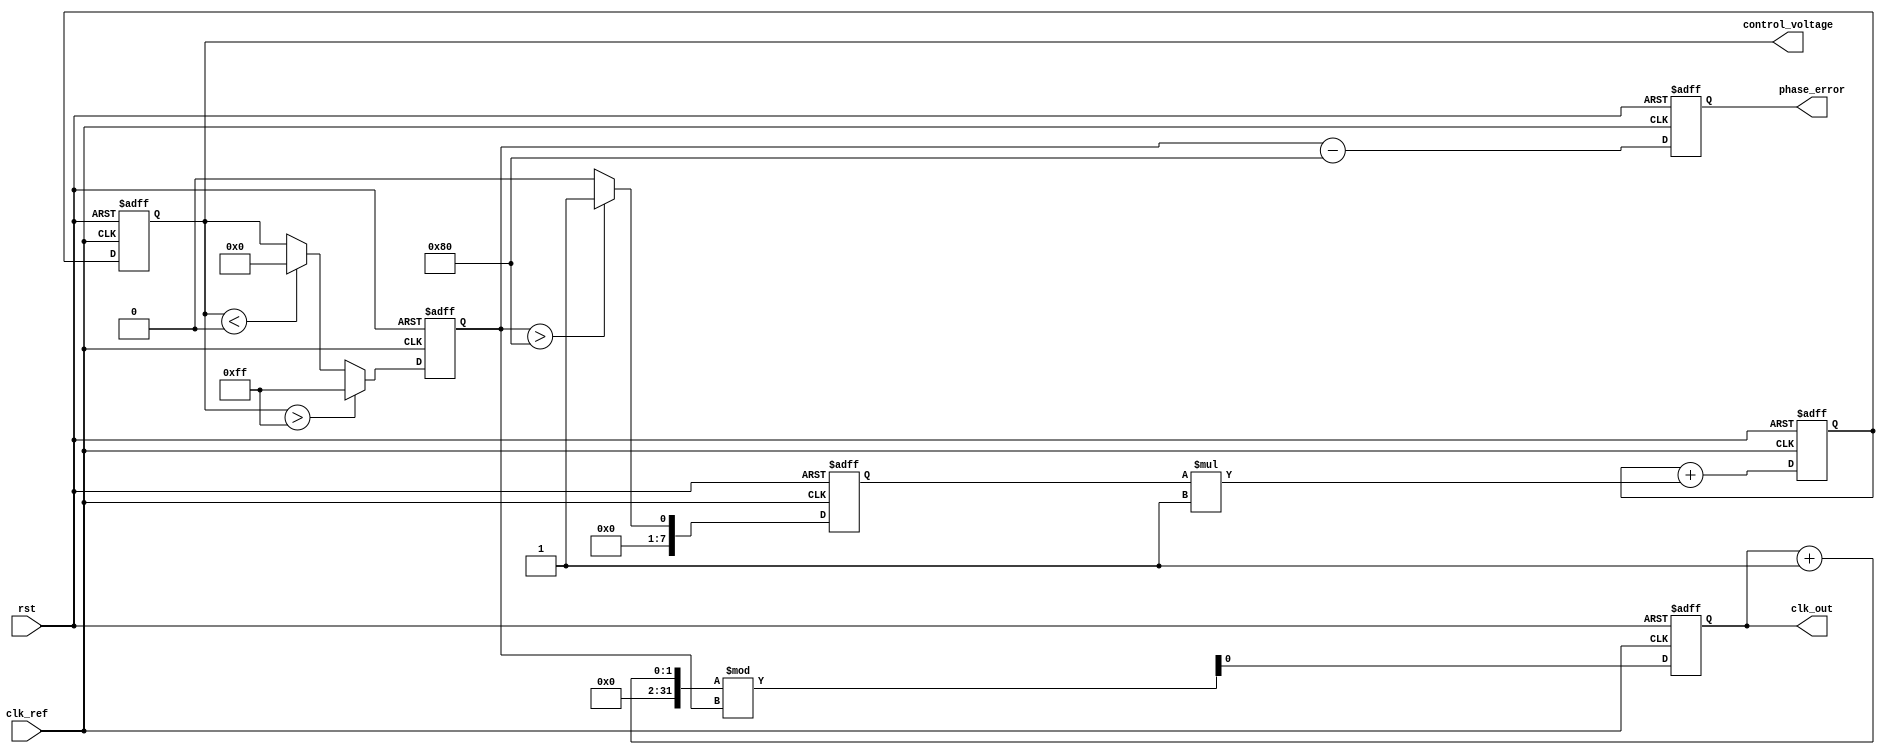
module type1_PLL (
    input wire clk_ref,         // Reference clock input
    input wire rst,             // Reset signal
    output reg clk_out,         // Output clock
    output reg [7:0] phase_error, // Phase error output for monitoring
    output reg [7:0] control_voltage // Control voltage output for monitoring
);

// Parameters
parameter VCO_MAX_FREQ = 255; // Maximum frequency for VCO
parameter VCO_MIN_FREQ = 0;    // Minimum frequency for VCO
parameter LOOP_FILTER_GAIN = 1; // Gain for loop filter

// Internal signals
reg [7:0] vco_freq;            // Current frequency of VCO
reg [7:0] phase_detector_out;   // Output of phase detector
reg [7:0] loop_filter_out;      // Output of loop filter

// Phase Detector
always @(posedge clk_ref or posedge rst) begin
    if (rst) begin
        phase_detector_out <= 0;
        phase_error <= 0;
    end else begin
        // Simple phase detection logic (PWM)
        if (clk_ref) begin
            phase_detector_out <= (vco_freq > 128) ? 1 : 0; // Example logic
            phase_error <= vco_freq - 128; // Calculate phase error
        end
    end
end

// Loop Filter
always @(posedge clk_ref or posedge rst) begin
    if (rst) begin
        loop_filter_out <= 0;
        control_voltage <= 0;
    end else begin
        // Simple first-order loop filter
        loop_filter_out <= loop_filter_out + (phase_detector_out * LOOP_FILTER_GAIN);
        control_voltage <= loop_filter_out;
    end
end

// Voltage-Controlled Oscillator (VCO)
always @(posedge clk_ref or posedge rst) begin
    if (rst) begin
        vco_freq <= VCO_MIN_FREQ;
        clk_out <= 0;
    end else begin
        // VCO frequency control based on control voltage
        if (control_voltage > VCO_MAX_FREQ) begin
            vco_freq <= VCO_MAX_FREQ;
        end else if (control_voltage < VCO_MIN_FREQ) begin
            vco_freq <= VCO_MIN_FREQ;
        end else begin
            vco_freq <= control_voltage;
        end
        
        // Generate output clock based on VCO frequency
        clk_out <= (clk_out + 1) % vco_freq; // Simple clock generation
    end
end

endmodule